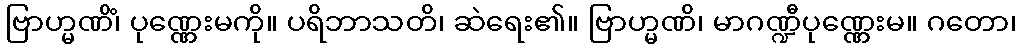
ဗြာဟ္မဏိံ၊ ပုဏ္ဏေးမကို။ ပရိဘာသတိ၊ ဆဲရေး၏။ ဗြာဟ္မဏိ၊ မာဂဏ္ဍီပုဏ္ဏေးမ။ ဂတော၊